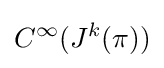
C^{\infty }(J^{k}(\pi ))